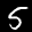
Label: 5